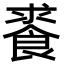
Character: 𩛰